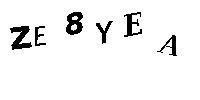
ZE8YEA